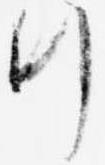
行